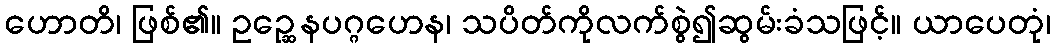
ဟောတိ၊ ဖြစ်၏။ ဥဉ္ဆေနပဂ္ဂဟေန၊ သပိတ်ကိုလက်စွဲ၍ဆွမ်းခံသဖြင့်။ ယာပေတုံ၊